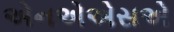
એનએએસએ